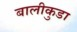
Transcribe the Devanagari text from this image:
बालीकुडा